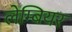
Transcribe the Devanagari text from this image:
लेम्बियर